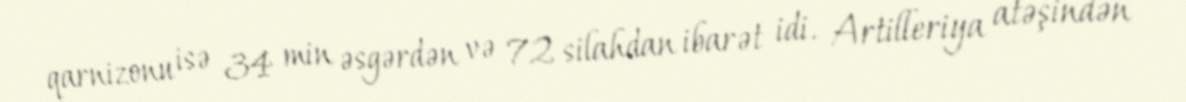
qarnizonu isə 34 min əsgərdən və 72 silahdan ibarət idi. Artilleriya atəşindən